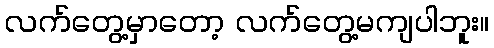
လက်တွေ့မှာတော့ လက်တွေ့မကျပါဘူး။